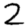
Digit: 2